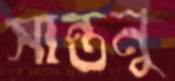
সান্তনু